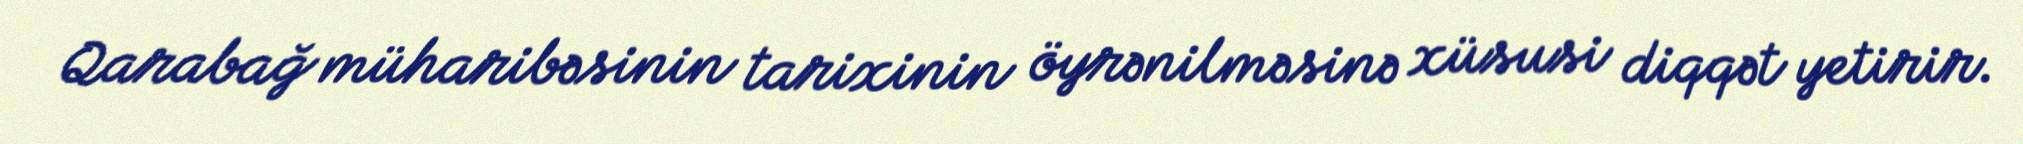
Qarabağ müharibəsinin tarixinin öyrənilməsinə xüsusi diqqət yetirir.